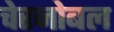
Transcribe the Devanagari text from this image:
चेरनोबल